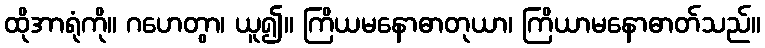
ထိုအာရုံကို။ ဂဟေတွာ၊ ယူ၍။ ကြိယမနောဓာတုယာ၊ ကြိယာမနောဓာတ်သည်။